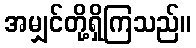
အမျှင်တို့ရှိကြသည်။